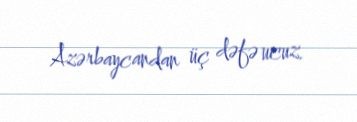
Azərbaycandan üç dəfə ucuz.